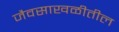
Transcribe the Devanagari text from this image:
जैवसाखळीतील